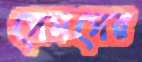
সেমসের